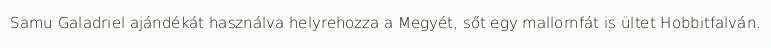
Samu Galadriel ajándékát használva helyrehozza a Megyét, sőt egy mallornfát is ültet Hobbitfalván.